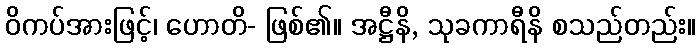
ဝိကပ်အားဖြင့်၊ ဟောတိ- ဖြစ်၏။ အဋ္ဌီနိ, သုခကာရီနိ စသည်တည်း။